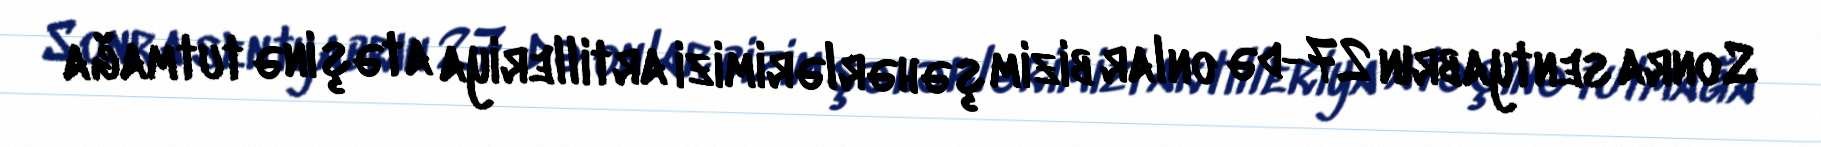
Sonra sentyabrın 27-də onlar bizim şəhərlərimizi artilleriya atəşinə tutmağa